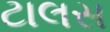
ટાલસ